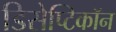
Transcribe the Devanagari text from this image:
डिसेप्टिकॉन